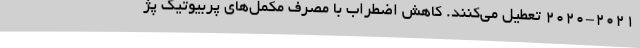
۲۰۲۰-۲۰۲۱ تعطیل می‌کنند. کاهش اضطراب با مصرف مکمل‌های پربیوتیک پژ